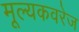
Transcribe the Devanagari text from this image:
मूल्यकवरेज